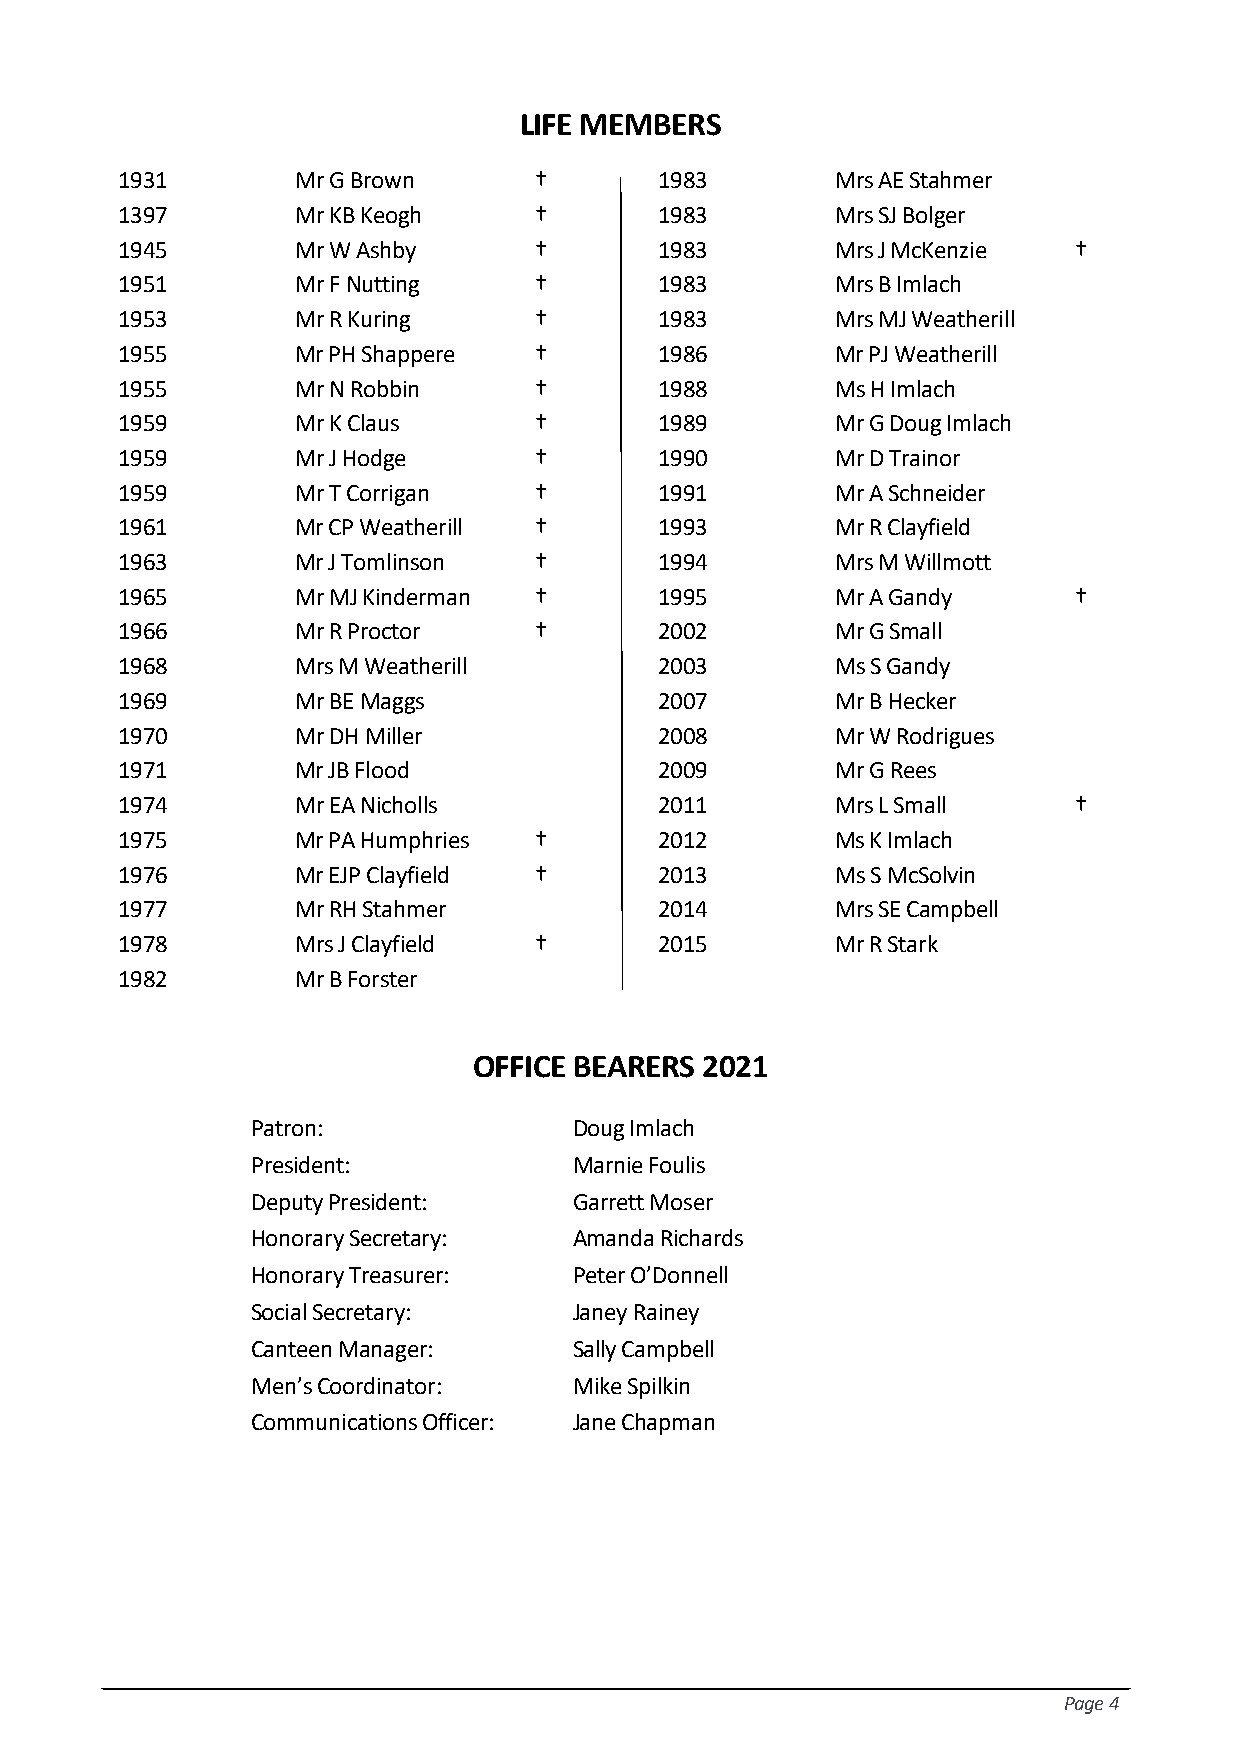
LIFE MEMBERS
 1931        Mr G Brown     †        1983       Mrs AE Stahmer
 1397        Mr KB Keogh    †        1983       Mrs SJ Bolger
 1945        Mr W Ashby     †        1983       Mrs J McKenzie  †
 1951        Mr F Nutting   †        1983       Mrs B Imlach
 1953        Mr R Kuring    †        1983       Mrs MJ Weatherill
 1955        Mr PH Shappere †        1986       Mr PJ Weatherill
 1955        Mr N Robbin    †        1988       Ms H Imlach
 1959        Mr K Claus     †        1989       Mr G Doug Imlach
 1959        Mr J Hodge     †        1990       Mr D Trainor
 1959        Mr T Corrigan  †        1991       Mr A Schneider
 1961        Mr CP Weatherill †      1993       Mr R Clayfield
 1963        Mr J Tomlinson †        1994       Mrs M Willmott
 1965        Mr MJ Kinderman †       1995       Mr A Gandy      †
 1966        Mr R Proctor   †        2002       Mr G Small
 1968        Mrs M Weatherill        2003       Ms S Gandy
 1969        Mr BE Maggs             2007       Mr B Hecker
 1970        Mr DH Miller            2008       Mr W Rodrigues
 1971        Mr JB Flood             2009       Mr G Rees
 1974        Mr EA Nicholls          2011       Mrs L Small     †
 1975        Mr PA Humphries †       2012       Ms K Imlach
 1976        Mr EJP Clayfield †      2013       Ms S McSolvin
 1977        Mr RH Stahmer           2014       Mrs SE Campbell
 1978        Mrs J Clayfield †       2015       Mr R Stark
 1982        Mr B Forster
 OFFICE BEARERS 2021
 Patron:              Doug Imlach
 President:           Marnie Foulis
 Deputy President:    Garrett Moser
 Honorary Secretary:  Amanda Richards
 Honorary Treasurer:  Peter O’Donnell
 Social Secretary:    Janey Rainey
 Canteen Manager:     Sally Campbell
 Men’s Coordinator:   Mike Spilkin
 Communications Officer: Jane Chapman
 Page 4